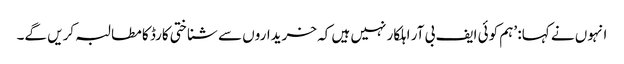
انہوں نے کہا: ’ہم کوئی ایف بی آر اہلکار نہیں ہیں کہ خریداروں سے شناختی کارڈ کا مطالبہ کریں گے۔